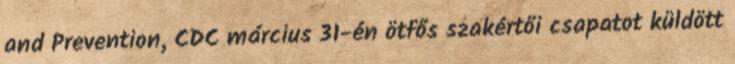
and Prevention, CDC március 31-én ötfős szakértői csapatot küldött